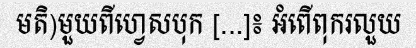
មតិ)មួយពីហ្វេសបុក [...]៖ អំពើពុករលួយ